Alma_Vaarman, lk 32
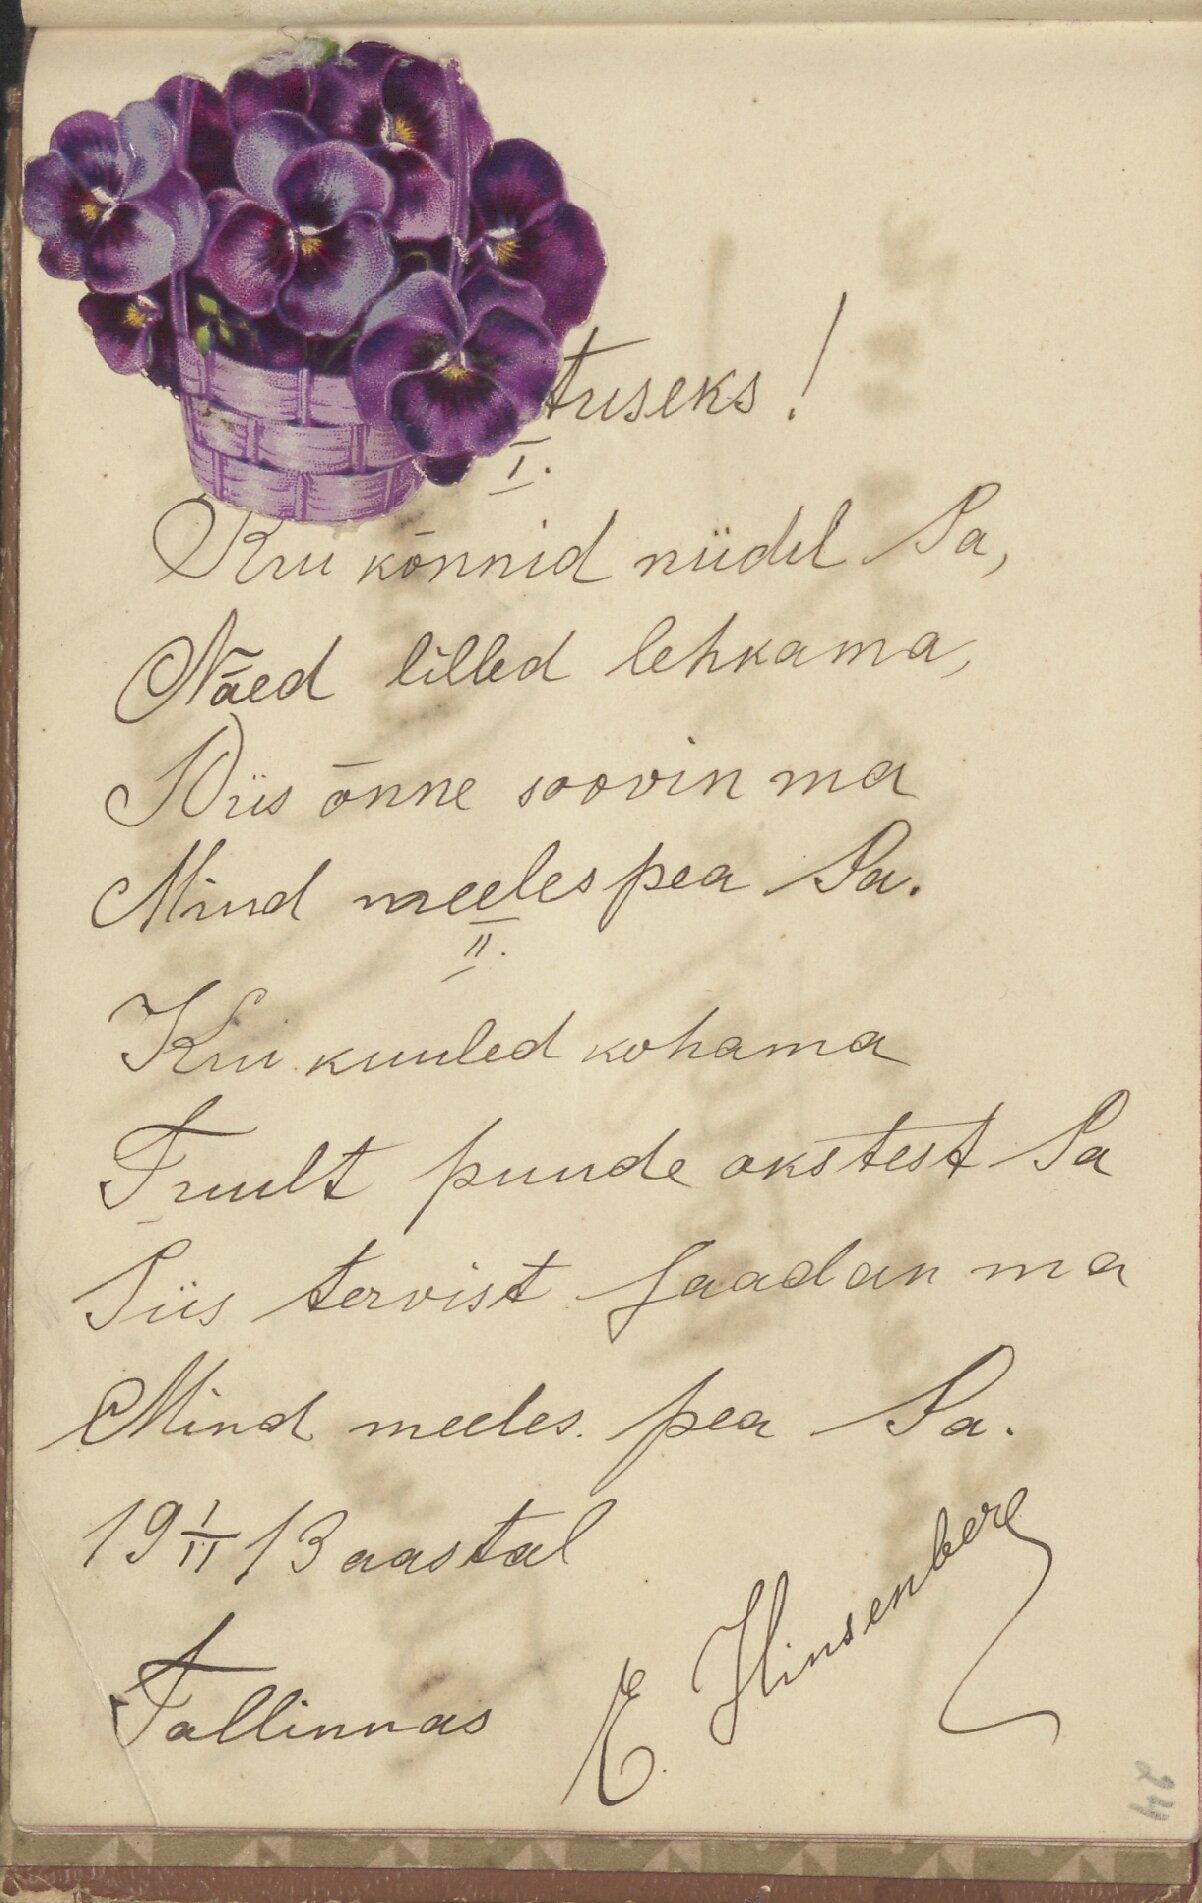
tuseks!
1.
Kui kõnnid niidel Sa,
Näed lilled lehkama,
Siis õnne soovin ma
Mind meeles pea Sa.
II.
Kui kuuled kohama
Tuult puude okstest Sa
Siis tervist saadan ma
Mind meeles. pea Sa.
E. Hinsenberg
19 1/II 13 aastal
Tallinnas

24